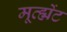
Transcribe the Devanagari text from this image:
मूव्ह्मेंट